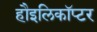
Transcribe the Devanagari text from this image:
हौइलिकॉप्टर